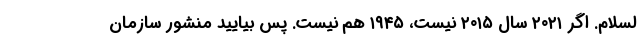
لسلام. اگر ۲۰۲۱ سال ۲۰۱۵ نیست، ۱۹۴۵ هم نیست. پس بیایید منشور سازمان